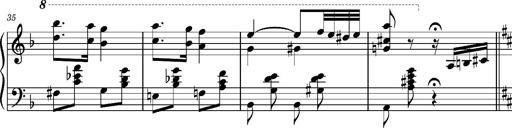
Title: Ungarischer Romanzero
Composer: Franz Liszt